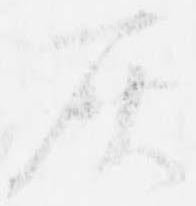
灰